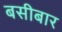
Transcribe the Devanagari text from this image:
बसीबार